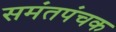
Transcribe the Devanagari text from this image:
समंतपंचक